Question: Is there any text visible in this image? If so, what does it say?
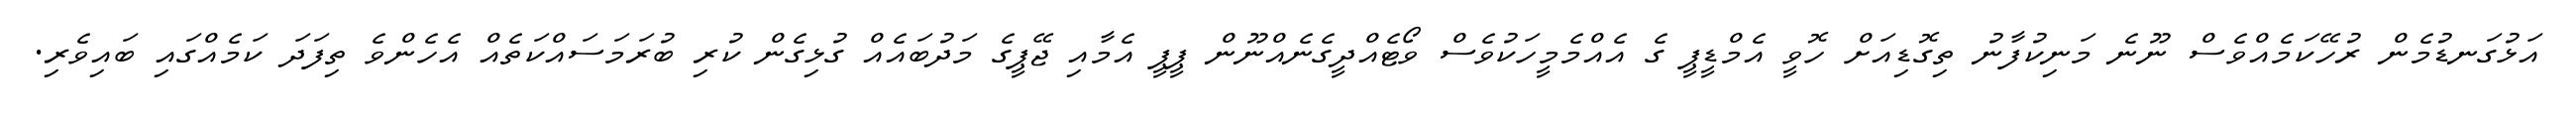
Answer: އަޅުގަނޑުމެން ރުހޭކަމެއްވެސް ނޫނެ މަނިކުފާނު ތިގޮޑިއަށް ހޮވީ އެމްޑީޕީ ގެ އެއްމެމީހަކުވެސް ވޯޓެއްދީގެނެއްނޫން ޕީޕީ އެމާއި ޖޭޕީގެ މަދުބައެއް ގުޅިގެން ކުރި ބުރަމަސައްކަތެއް އެހެންވެ ތިފަދަ ކަމެއްގައި ބައިވެރި.